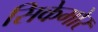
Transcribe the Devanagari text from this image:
सिकेमोर